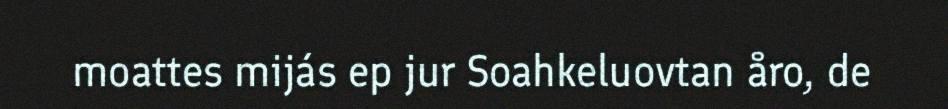
moattes mijás ep jur Soahkeluovtan åro, de